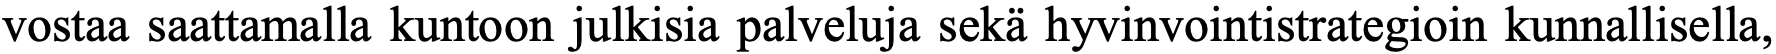
vostaa saattamalla kuntoon julkisia palveluja sekä hyvinvointistrategioin kunnallisella,